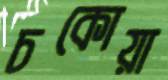
চকোয়া